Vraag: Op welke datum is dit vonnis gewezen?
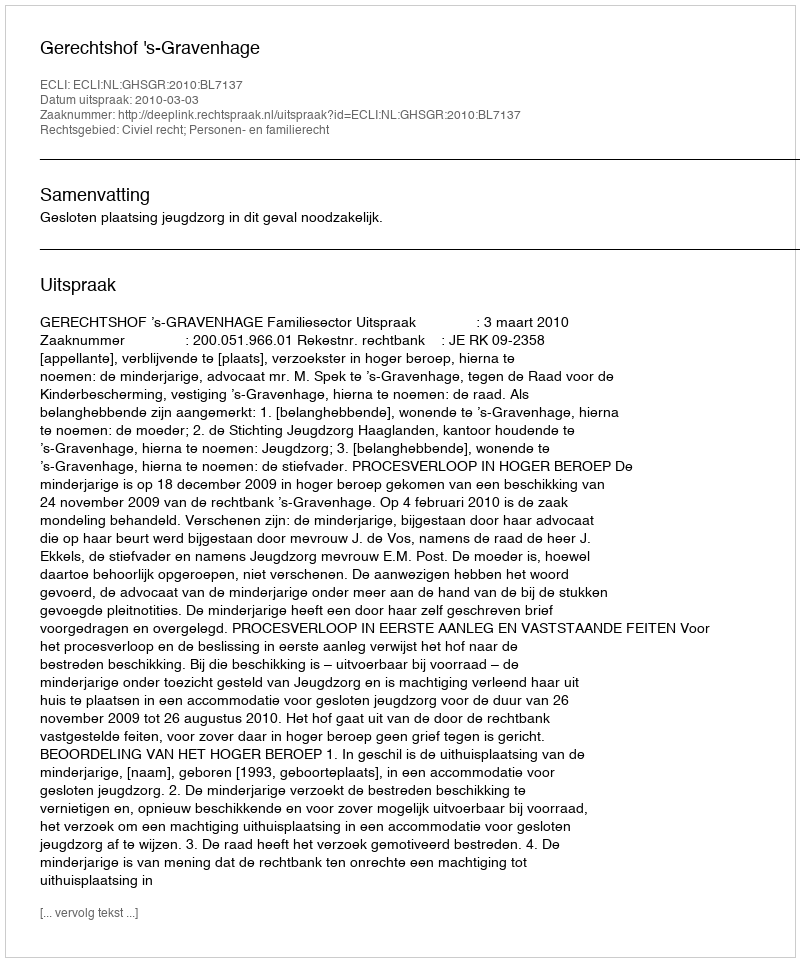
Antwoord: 2010-03-03